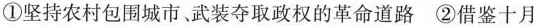
①坚持农村包围城市武装夺取政权的革命道路②借鉴十月